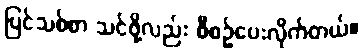
ပြင်သစ်စာ သင်ဖို့လည်း စီစဉ်ပေးလိုက်တယ်။